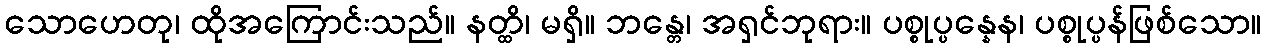
သောဟေတု၊ ထိုအကြောင်းသည်။ နတ္ထိ၊ မရှိ။ ဘန္တေ၊ အရှင်ဘုရား။ ပစ္စုပ္ပန္နေန၊ ပစ္စုပ္ပန်ဖြစ်သော။